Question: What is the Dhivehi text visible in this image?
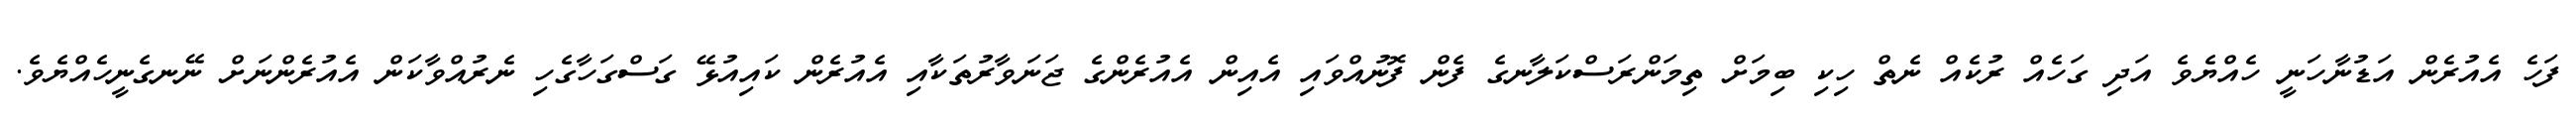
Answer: ފަހެ އެއުރެން އަޑުނާހަނީ ހެއްޔެވެ އަދި ގަހެއް ރުކެއް ނެތް ހިކި ބިމަށް ތިމަންރަސްކަލާނގެ ފެން ފޮނުއްވައި އެއިން އެއުރެންގެ ޖަނަވާރުތަކާއި އެއުރެން ކައިއުޅޭ ގަސްގަހާގެހި ނެރުއްވާކަން އެއުރެންނަށް ނޭނގެނީހެއްޔެވެ.